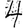
Digit: 4